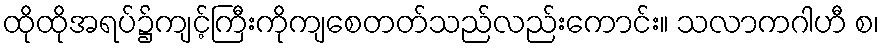
ထိုထိုအရပ်၌ကျင့်ကြီးကိုကျစေတတ်သည်လည်းကောင်း။ သလာကဂါဟီ စ၊